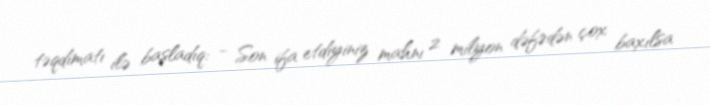
təqdimatı ilə başladıq: - Son ifa etdiyiniz mahnı 2 milyon dəfədən çox baxılsa